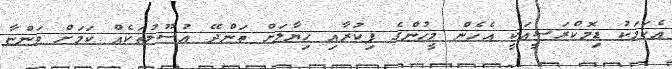
އެކަމަކު ޑިމޮކްރަސީއަކީ އެހެން މީހުންގެ ފިކުރާއި ހިޔާލަށް ތަންދޭ އުސޫލުތަކެއް ކަމަށް ވަންޏާ